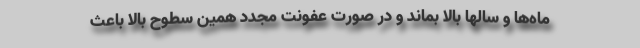
ماه‌ها و سالها بالا بماند و در صورت عفونت مجدد همین سطوح بالا باعث